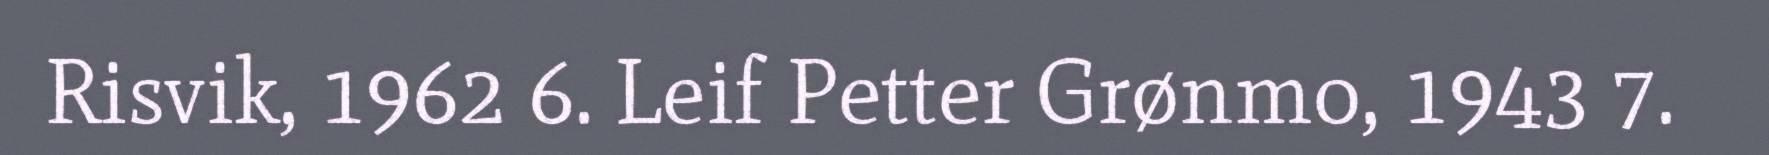
Risvik, 1962 6. Leif Petter Grønmo, 1943 7.